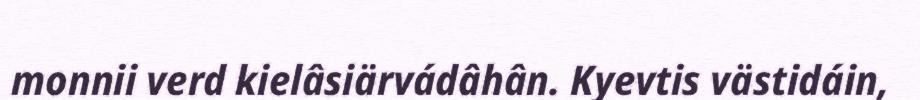
monnii verd kielâsiärvádâhân. Kyevtis västidáin,